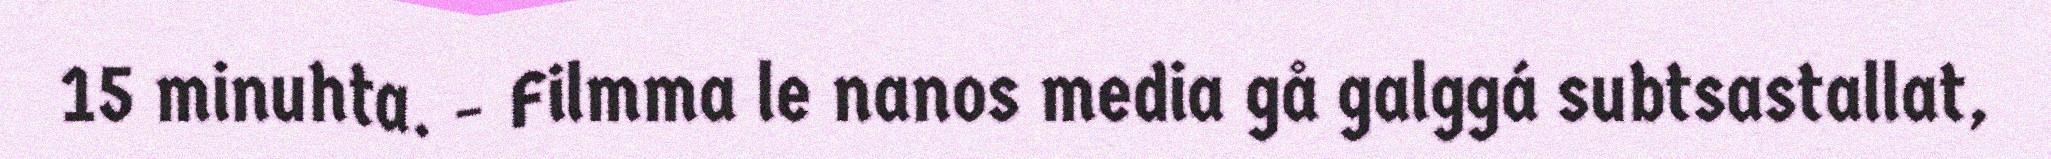
15 minuhta. - Filmma le nanos media gå galggá subtsastallat,